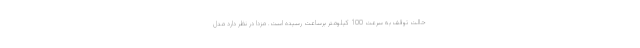
حالت توقف به سرعت 100 کیلومتر برساعت رسیده است. مزدا در نظر دارد مدل